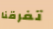
تفرقنا